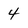
Character: 4